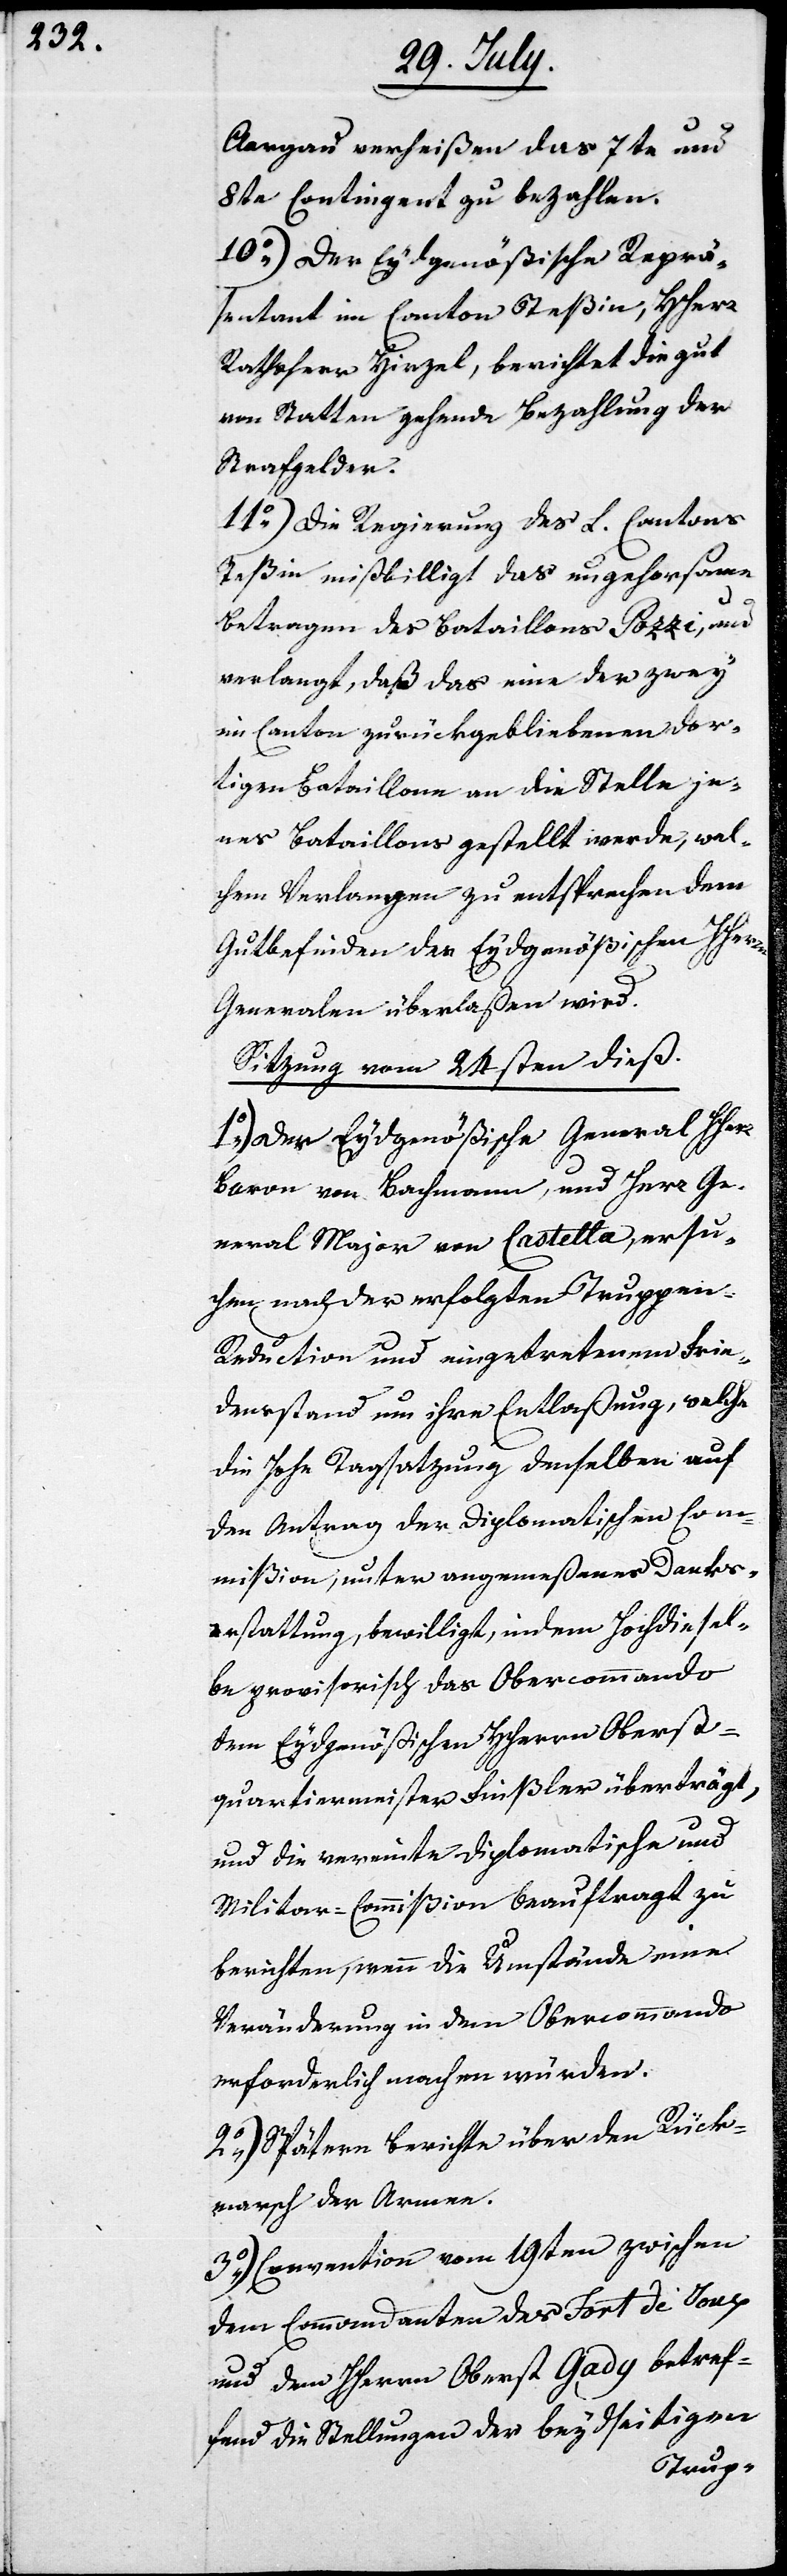
Aargau verheißen das 7te und
8te Contingent zu bezahlen.
10.) Der Eydgenößische Reprä¬
sentant im Canton Teßin, HHerr
Rathsherr Hirzel, berichtet die gut
von Statten gehende Bezahlung der
Strafgelder.
11) Die Regierung des L. Cantons
Teßin mißbilligt das ungehorsame
Betragen des Bataillons Pozzi, und
verlangt, daß das eine der zwey
im Canton zurückgebliebenen dor¬
tigen Bataillone an die Stelle je¬
nes Bataillons gestellt werde, wel¬
chem Verlangen zu entsprechen dem
Gutbefinden der Eydgenößischen HHerren
Generalen überlaßen wird.
Sitzung vom 24sten dieß.
1.) Der Eydgenößische General HHerr
Baron von Bachmann, und Herr Ge¬
neral Major von Castella, ersu¬
chen nach der erfolgten Tuppe¬
n-Reduction und eingetretenem Frie¬
densstand um ihre Entlaßung, welche
die Hohe Tagsatzung denselben auf
den Antrag der Diplomatischen Com¬
mißion; unter angemeßener Danks¬
erstattung, bewilligt, indem Hochdiesel¬
be provisorisch das Obercommando
dem Eydgenößischen HHerrn Oberst¬
quartiermeister Finsler überträgt,
und die vereinte Diplomatische und
Militar-Commißion beauftragt zu
berichten, wenn die Umstände eine
Veränderung in dem Obercommando
erforderlich machen würden.
2.) Spätere Berichte über den Rück¬
marsch der Armee.
3.) Convention vom 19ten zwischen
dem Commandanten des Fort de Joux
und dem Herrn Oberst Gady betref¬
fend die Stellungen der beydseitigen